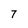
Character: 7